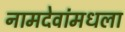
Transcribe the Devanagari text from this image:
नामदेवांमधला